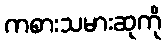
ကစားသမားဆုကို